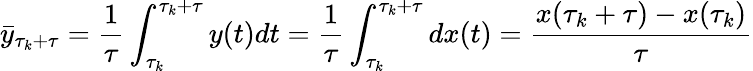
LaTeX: \bar{y}_{\tau_{k}+\tau}=\frac{1}{\tau}\int_{\tau_{k}}^{\tau_{k}+\tau}y(t)dt=\frac{1}{\tau}\int_{\tau_{k}}^{\tau_{k}+\tau}dx(t)=\frac{x(\tau_{k}+\tau)-x(\tau_{k})}{\tau}